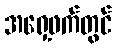
အရှေ့ဖက်တွင်